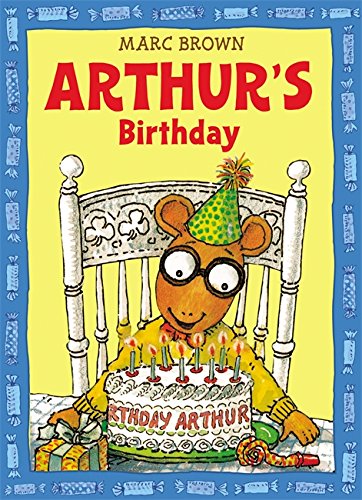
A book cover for Arthur's Birthday (An Arthur Adventure); Marc Brown; Children's Books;